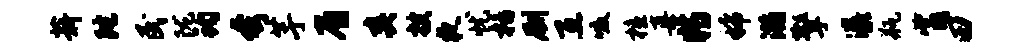
薪陀民陇钧夸芋眉爽搜夜忧栝劂互啜檀真特稀瀚擎瀑瓶觜田